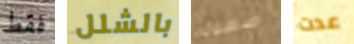
فقط بالشلل صعوبه عدت